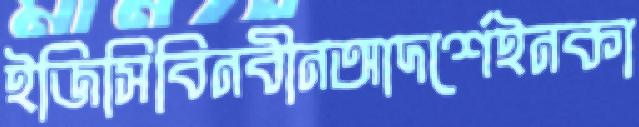
ইজিসিবিনবীনআদর্শেইনকা